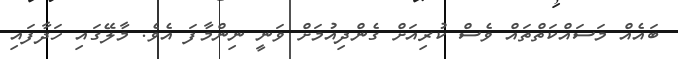
ބައެއް މަސައްކަތްތައް ވެސް ކުރިއަށް ގެންދިއުމަށް ވަނީ ނިންމާފަ އެވެ. މާލޭގައި ހަދާފައި